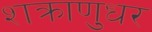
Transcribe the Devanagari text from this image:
शक्राणुधर